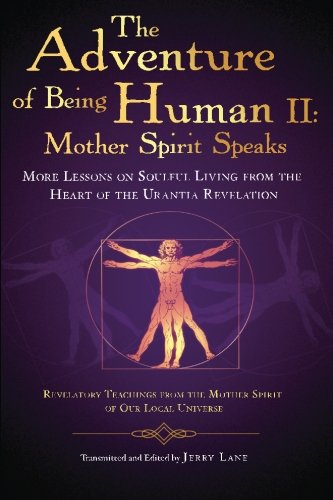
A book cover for The Adventure of Being Human II: Mother Spirit Speaks: More Lessons on Soulful Living from the Heart of the Urantia Revelation; Jerry Lane; Religion & Spirituality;